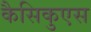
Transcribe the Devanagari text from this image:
कैसिकुएस